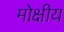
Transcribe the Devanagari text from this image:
मोक्षीय